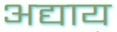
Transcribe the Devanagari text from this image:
अद्याय